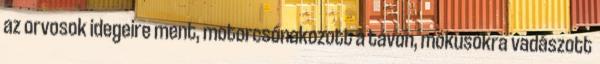
az orvosok idegeire ment, motorcsónakozott a tavon, mókusokra vadászott